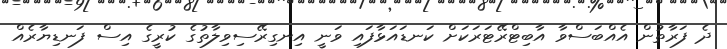
ދެ ފަރާތުން އެއްބަސްވާ އާބިޓްރޭޓަރަކަށް ކަނޑައަޅާފައި ވަނީ އިނގިރޭސިވިލާތުގެ ކުރީގެ އިސް ފަނޑިޔާރެއް